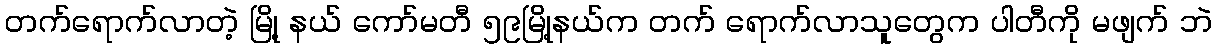
တက်ရောက်လာတဲ့ မြို့ နယ် ကော်မတီ ၅၉မြို့နယ်က တက် ရောက်လာသူတွေက ပါတီကို မဖျက် ဘဲ